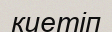
киетіп